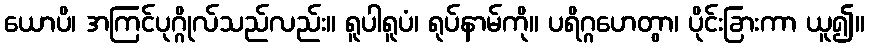
ယောပိ၊ အကြင်ပုဂ္ဂိုလ်သည်လည်း။ ရူပါရူပံ၊ ရုပ်နာမ်ကို။ ပရိဂ္ဂဟေတွာ၊ ပိုင်းခြားကာ ယူ၍။